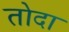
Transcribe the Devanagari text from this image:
तोदा